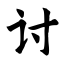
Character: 讨